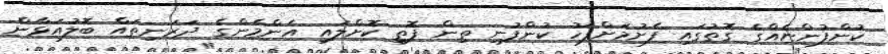
ކުންފުންޏެއްގެ ގޮތުގައި ފެށުމަށްފަހު ކުންފުނި ތިން ފޮތި ކޮށްލައި އެންމެންގެ ދަރަނިތައް ބޮލުއަޅާން